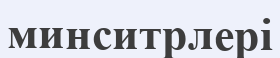
минситрлері